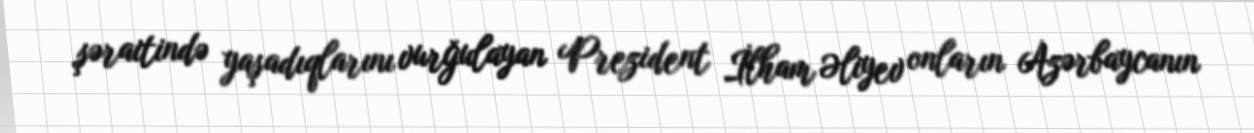
şəraitində yaşadıqlarını vurğulayan Prezident İlham Əliyev onların Azərbaycanın